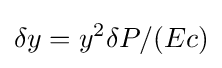
\delta y=y^{2}\delta P/(Ec)